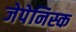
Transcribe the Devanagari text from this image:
जेपेनिस्क